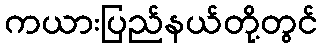
ကယားပြည်နယ်တို့တွင်